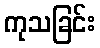
ကုသခြင်း